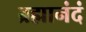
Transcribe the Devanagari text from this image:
ब्रह्मानंदं